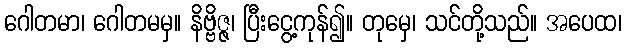
ဂေါတမာ၊ ဂေါတမမှ။ နိဗ္ဗိဇ္ဇ၊ ပြီးငွေ့ကုန်၍။ တုမှေ၊ သင်တို့သည်။ အပေထ၊